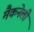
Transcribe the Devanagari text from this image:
मैकनेली